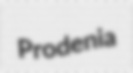
Prodenia